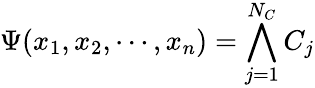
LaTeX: \Psi(x_{1},x_{2},\cdots,x_{n})=\bigwedge_{j=1}^{N_{C}}C_{j}